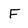
Character: F